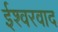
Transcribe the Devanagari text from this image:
ईश्‍वरवाद